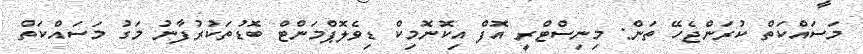
މަސައްކަތް ކުރަންޖެހޭ ތަން: މިނިސްޓްރީ އޮފް އިކޮނޮމިކް ޑިވެލޮޕްމަންޓް ބޮޑުތަކުރުފާނު މަގު މަސައްކަތް